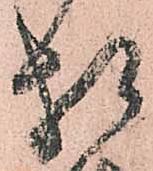
相